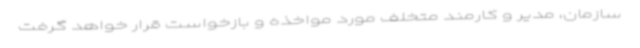
سازمان، مدیر و کارمند متخلف مورد مواخذه و بازخواست قرار خواهد گرفت